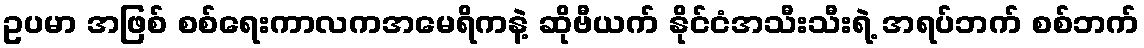
ဥပမာ အဖြစ် စစ်ရေးကာလကအမေရိကနဲ့ ဆိုဗီယက် နိုင်ငံအသီးသီးရဲ့ အရပ်ဘက် စစ်ဘက်